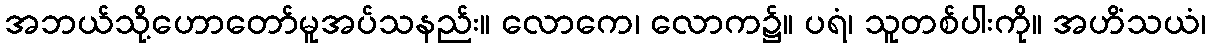
အဘယ်သို့ဟောတော်မူအပ်သနည်း။ လောကေ၊ လောက၌။ ပရံ၊ သူတစ်ပါးကို။ အဟိံသယံ၊